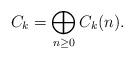
LaTeX: \begin{align*}C_{k}=\bigoplus_{n\geq0}C_{k}(n).\end{align*}